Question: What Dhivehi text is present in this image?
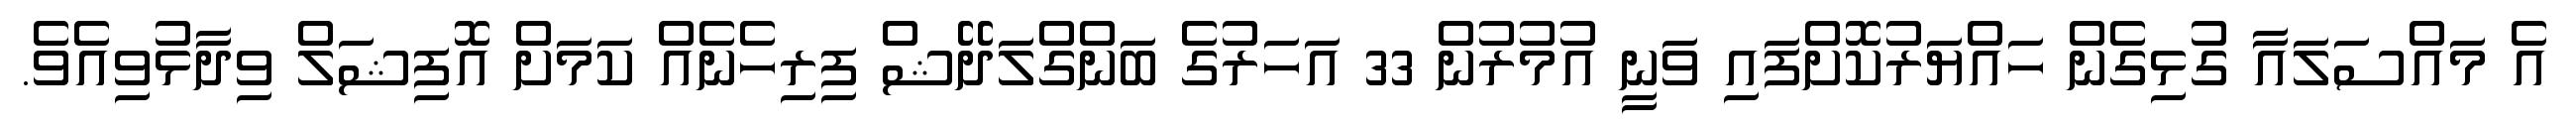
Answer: އެ މައްސަލައާ ގުޅިގެން ހައްޔަރުކޮށްފައި ވަނީ އުމުރުން 33 އަހަރުގެ ބަންގްލަދޭޝް ފިރިހެނެއް ކަމަށް އޮފިޝަލް ވިދާޅުވިއެވެ.